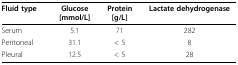
| Fluid type | Glucose[mmol/L] | Protein[g/L] | Lactate dehydrogenase |
 | --- | --- | --- | --- |
 | Serum | 5.1 | 71 | 282 |
 | Peritoneal | 31.1 | < 5 | 8 |
 | Pleural | 12.5 | < 5 | 28 |